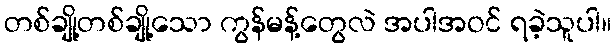
တစ်ချို့တစ်ချို့သော ကွန်မန့်တွေလဲ အပါအဝင် ရခဲ့သူပါ။